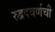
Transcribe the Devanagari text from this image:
रुद्रदवर्णची